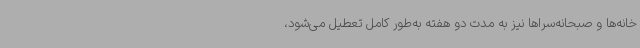
خانه‌ها و صبحانه‌سراها نیز به مدت دو هفته به‌طور کامل تعطیل می‌شود،